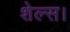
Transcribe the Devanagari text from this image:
शेल्स।